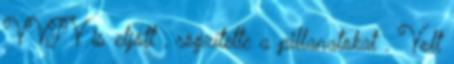
VVTV is eljött , rögzítette a pillanatokat . Volt